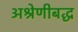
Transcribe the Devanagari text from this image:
अश्रेणीबद्ध